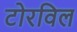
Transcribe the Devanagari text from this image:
टोरविल